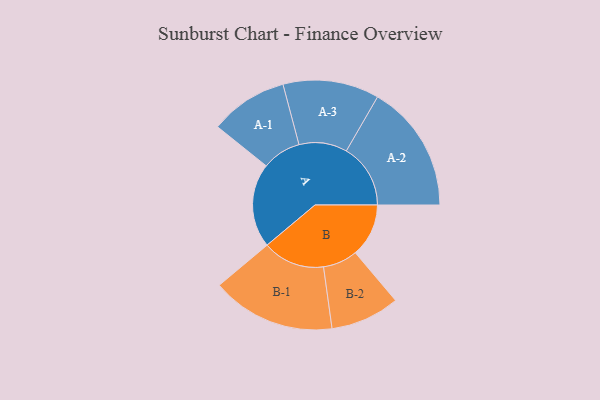
{"axis": {"x": "Segment", "y": "Value"}, "legend": ["", "A", "B"], "data": [{"x": "A", "y": 387, "type": ""}, {"x": "B", "y": 245, "type": ""}, {"x": "A-1", "y": 179, "type": "A"}, {"x": "A-2", "y": 295, "type": "A"}, {"x": "A-3", "y": 221, "type": "A"}, {"x": "B-1", "y": 285, "type": "B"}, {"x": "B-2", "y": 159, "type": "B"}]}